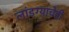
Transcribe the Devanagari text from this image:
लांडग्याचेही